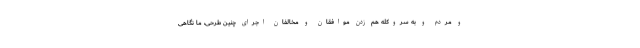
و مردم و به سروکله هم زدن موافقان و مخالفان اجرای چنین طرحی، ما نگاهی